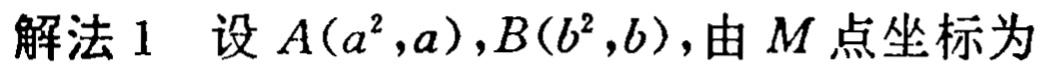
解法 1 设 \(A(a^{2},a),B(b^{2},b)\)，由 \(M\) 点坐标为